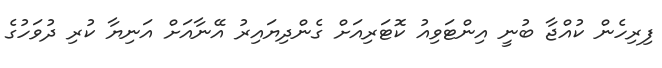
ފިރިހެން ކުއްޖާ ބުނީ އިންޓަވިއު ކޮޓަރިއަށް ގެންދިޔައިރު އޭނާއަށް އަނިޔާ ކުރި ދުވަހުގެ